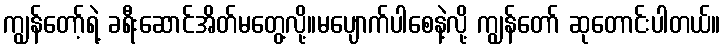
ကျွန်တော့်ရဲ့ ခရီးဆောင်အိတ်မတွေ့လို့။မပျောက်ပါစေနဲ့လို့ ကျွန်တော် ဆုတောင်းပါတယ်။